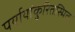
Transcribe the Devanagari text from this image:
पर्यायांकुरितस्मितः।